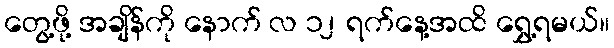
တွေ့ဖို့ အချိန်ကို နောက် လ ၁၂ ရက်နေ့အထိ ရွှေ့ရမယ်။